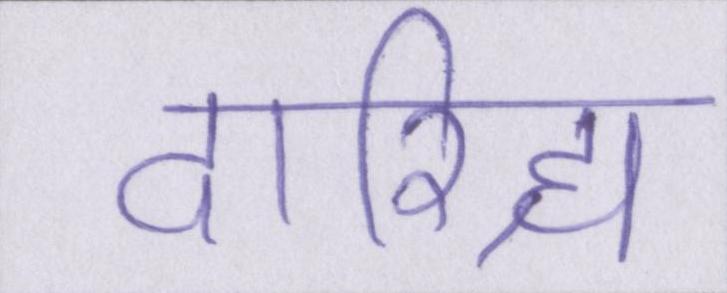
दारिद्र्य